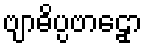
ဗျာဓိပ္ပဗာဠှော